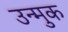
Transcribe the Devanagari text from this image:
उन्मुक